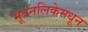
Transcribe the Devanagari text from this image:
मूत्रनलिकेमधून